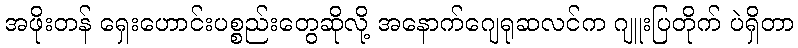
အဖိုးတန် ရှေးဟောင်းပစ္စည်းတွေဆိုလို့ အနောက်ဂျေရုဆလင်က ဂျူးပြတိုက် ပဲရှိတာ